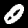
Digit: 0